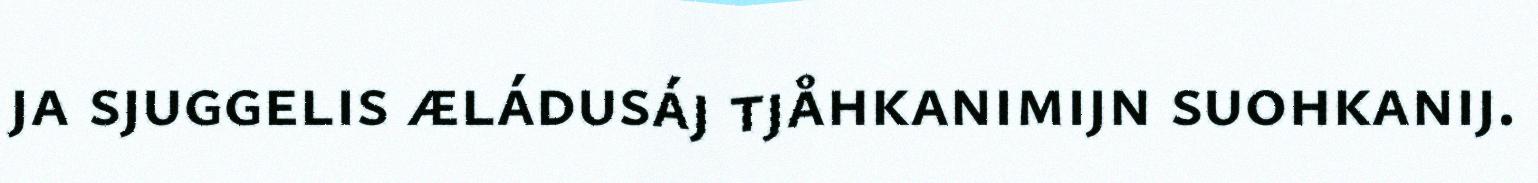
ja sjuggelis æládusáj tjåhkanimijn suohkanij.